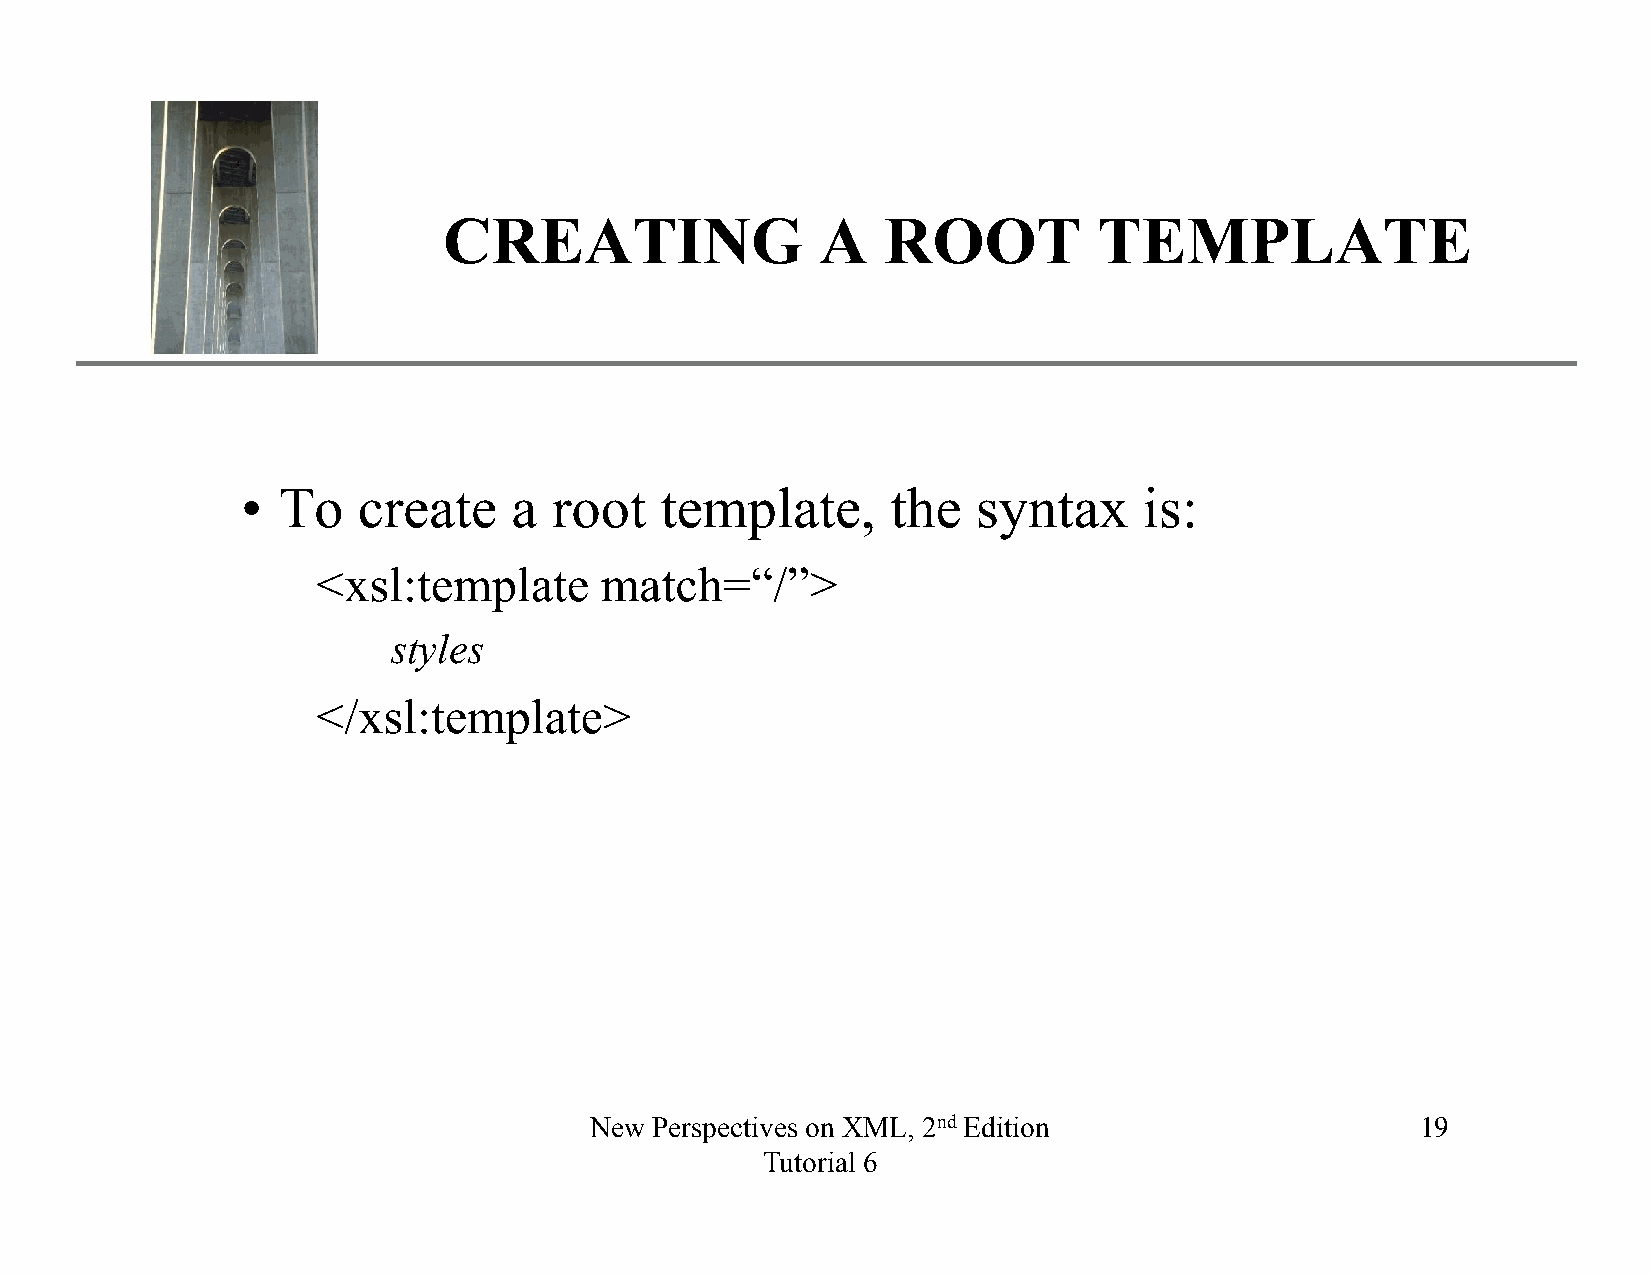
XP
 CREATING                 A    ROOT          TEMPLATE
 • To    create    a  root   template,      the   syntax     is:
 <xsl:template      match=“/”>
 ssttyylleess
 </xsl:template>
 New Perspectives on XML, 2nd Edition                   19
 Tutorial 6